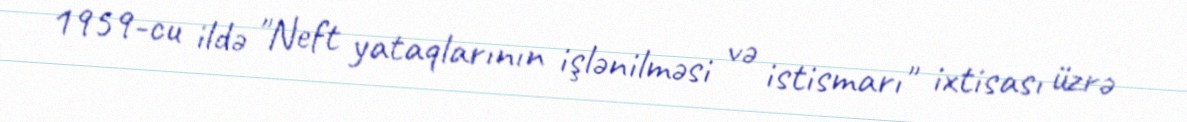
1959-cu ildə "Neft yataqlarının işlənilməsi və istismarı" ixtisası üzrə